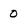
Character: 0